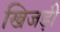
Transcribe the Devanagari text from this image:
खिजड़ी